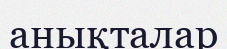
анықталар